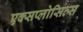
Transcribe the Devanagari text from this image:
एक्सप्लोसिव्स